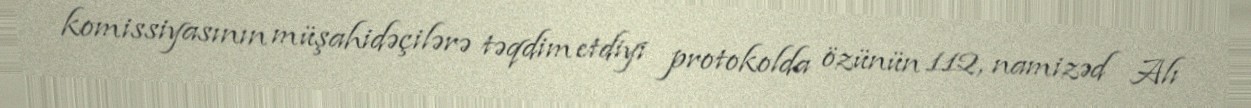
komissiyasının müşahidəçilərə təqdim etdiyi protokolda özünün 112, namizəd Alı